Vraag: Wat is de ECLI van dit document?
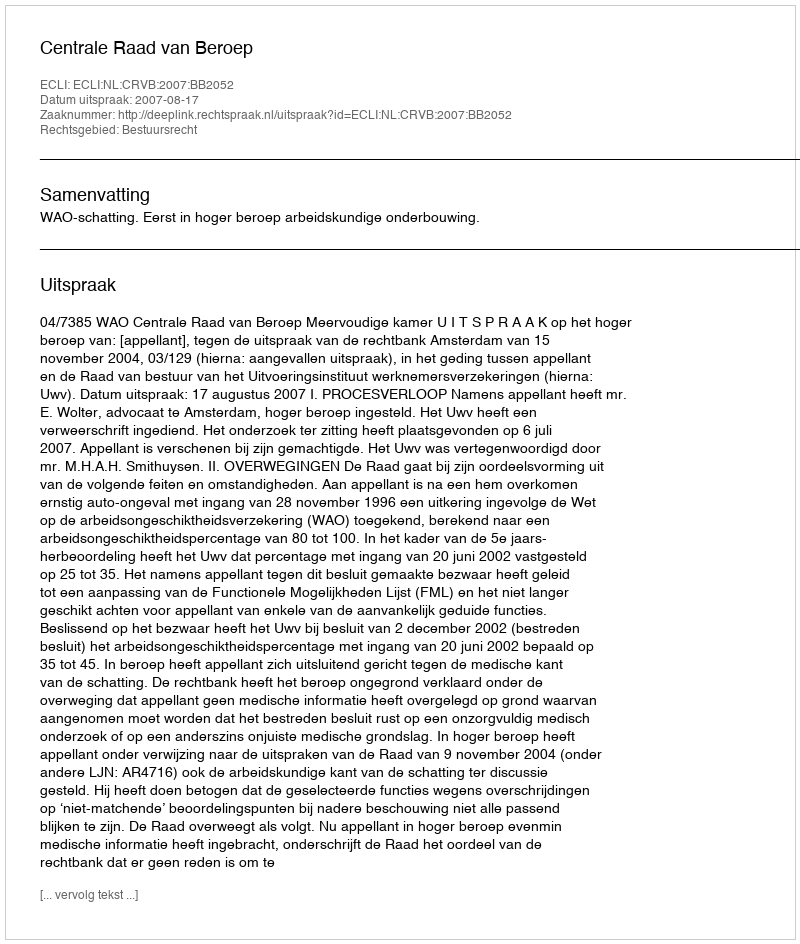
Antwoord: ECLI:NL:CRVB:2007:BB2052